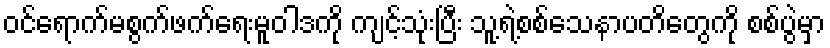
ဝင်ရောက်မစွက်ဖက်ရေးမူဝါဒကို ကျင့်သုံးပြီး သူ့ရဲ့စစ်သေနာပတိတွေကို စစ်ပွဲမှာ